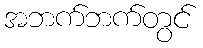
အဘက်ဘက်တွင်